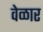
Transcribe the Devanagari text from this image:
वेळार